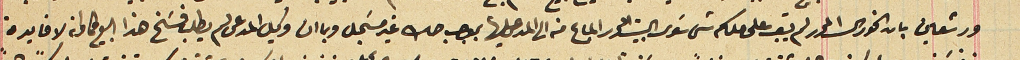
ورشعين بان الخورى المحرر لم يبق على ملكه شى سَوى البيت المحرر المباع منه الى المدعى عليها بموجب صك غير مسَجل وبما ان وكيل المدعى لم يطلب فسَخ هذا البيع كما ان لا فايدة